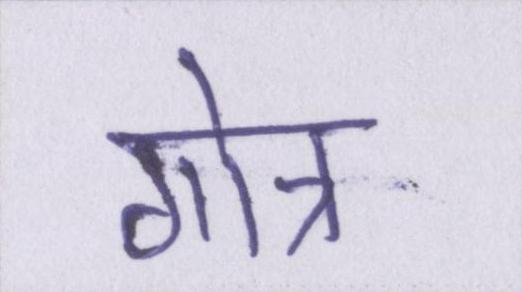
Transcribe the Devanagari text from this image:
गोत्र